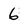
Character: 6